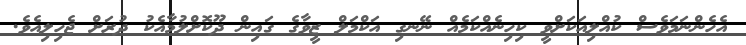
އެހެންނަމަވެސް ކުއްލިއަކަށްވީ ކިހިނެއްކަމެއް ނޭނގި އަކްމަލް ޒީވާގެ ގައިން ދޫކޮށްލުމާއެކު ދުރަށް ޖެހިލިއެވެ.